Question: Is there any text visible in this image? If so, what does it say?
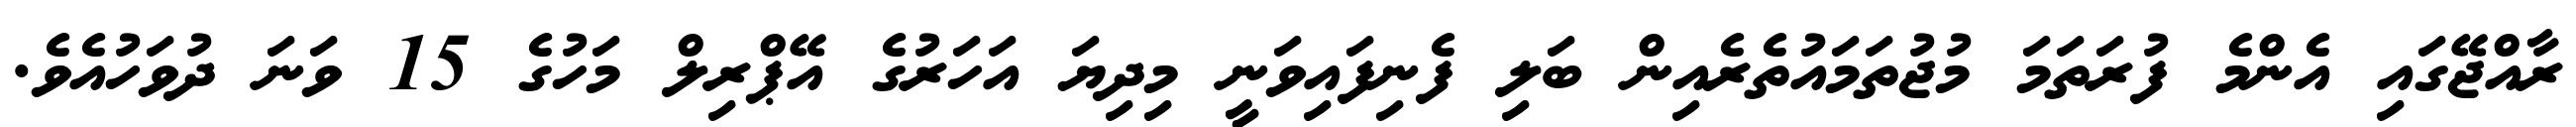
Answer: ރާއްޖޭގައި އެންމެ ފުރަތަމަ މުޖުތަމައުތެރެއިން ބަލި ފެނިފައިވަނީ މިދިޔަ އަހަރުގެ އޭޕްރިލް މަހުގެ 15 ވަނަ ދުވަހުއެވެ.